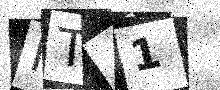
Text: IT41